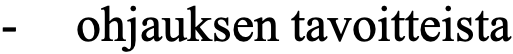
-  ohjauksen tavoitteista